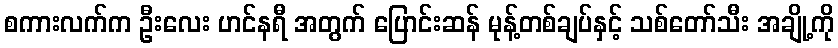
စကားလက်က ဦးလေး ဟင်နရီ အတွက် ပြောင်းဆန် မုန့်တစ်ချပ်နှင့် သစ်တော်သီး အချို့ကို